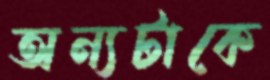
অন্যটাকে